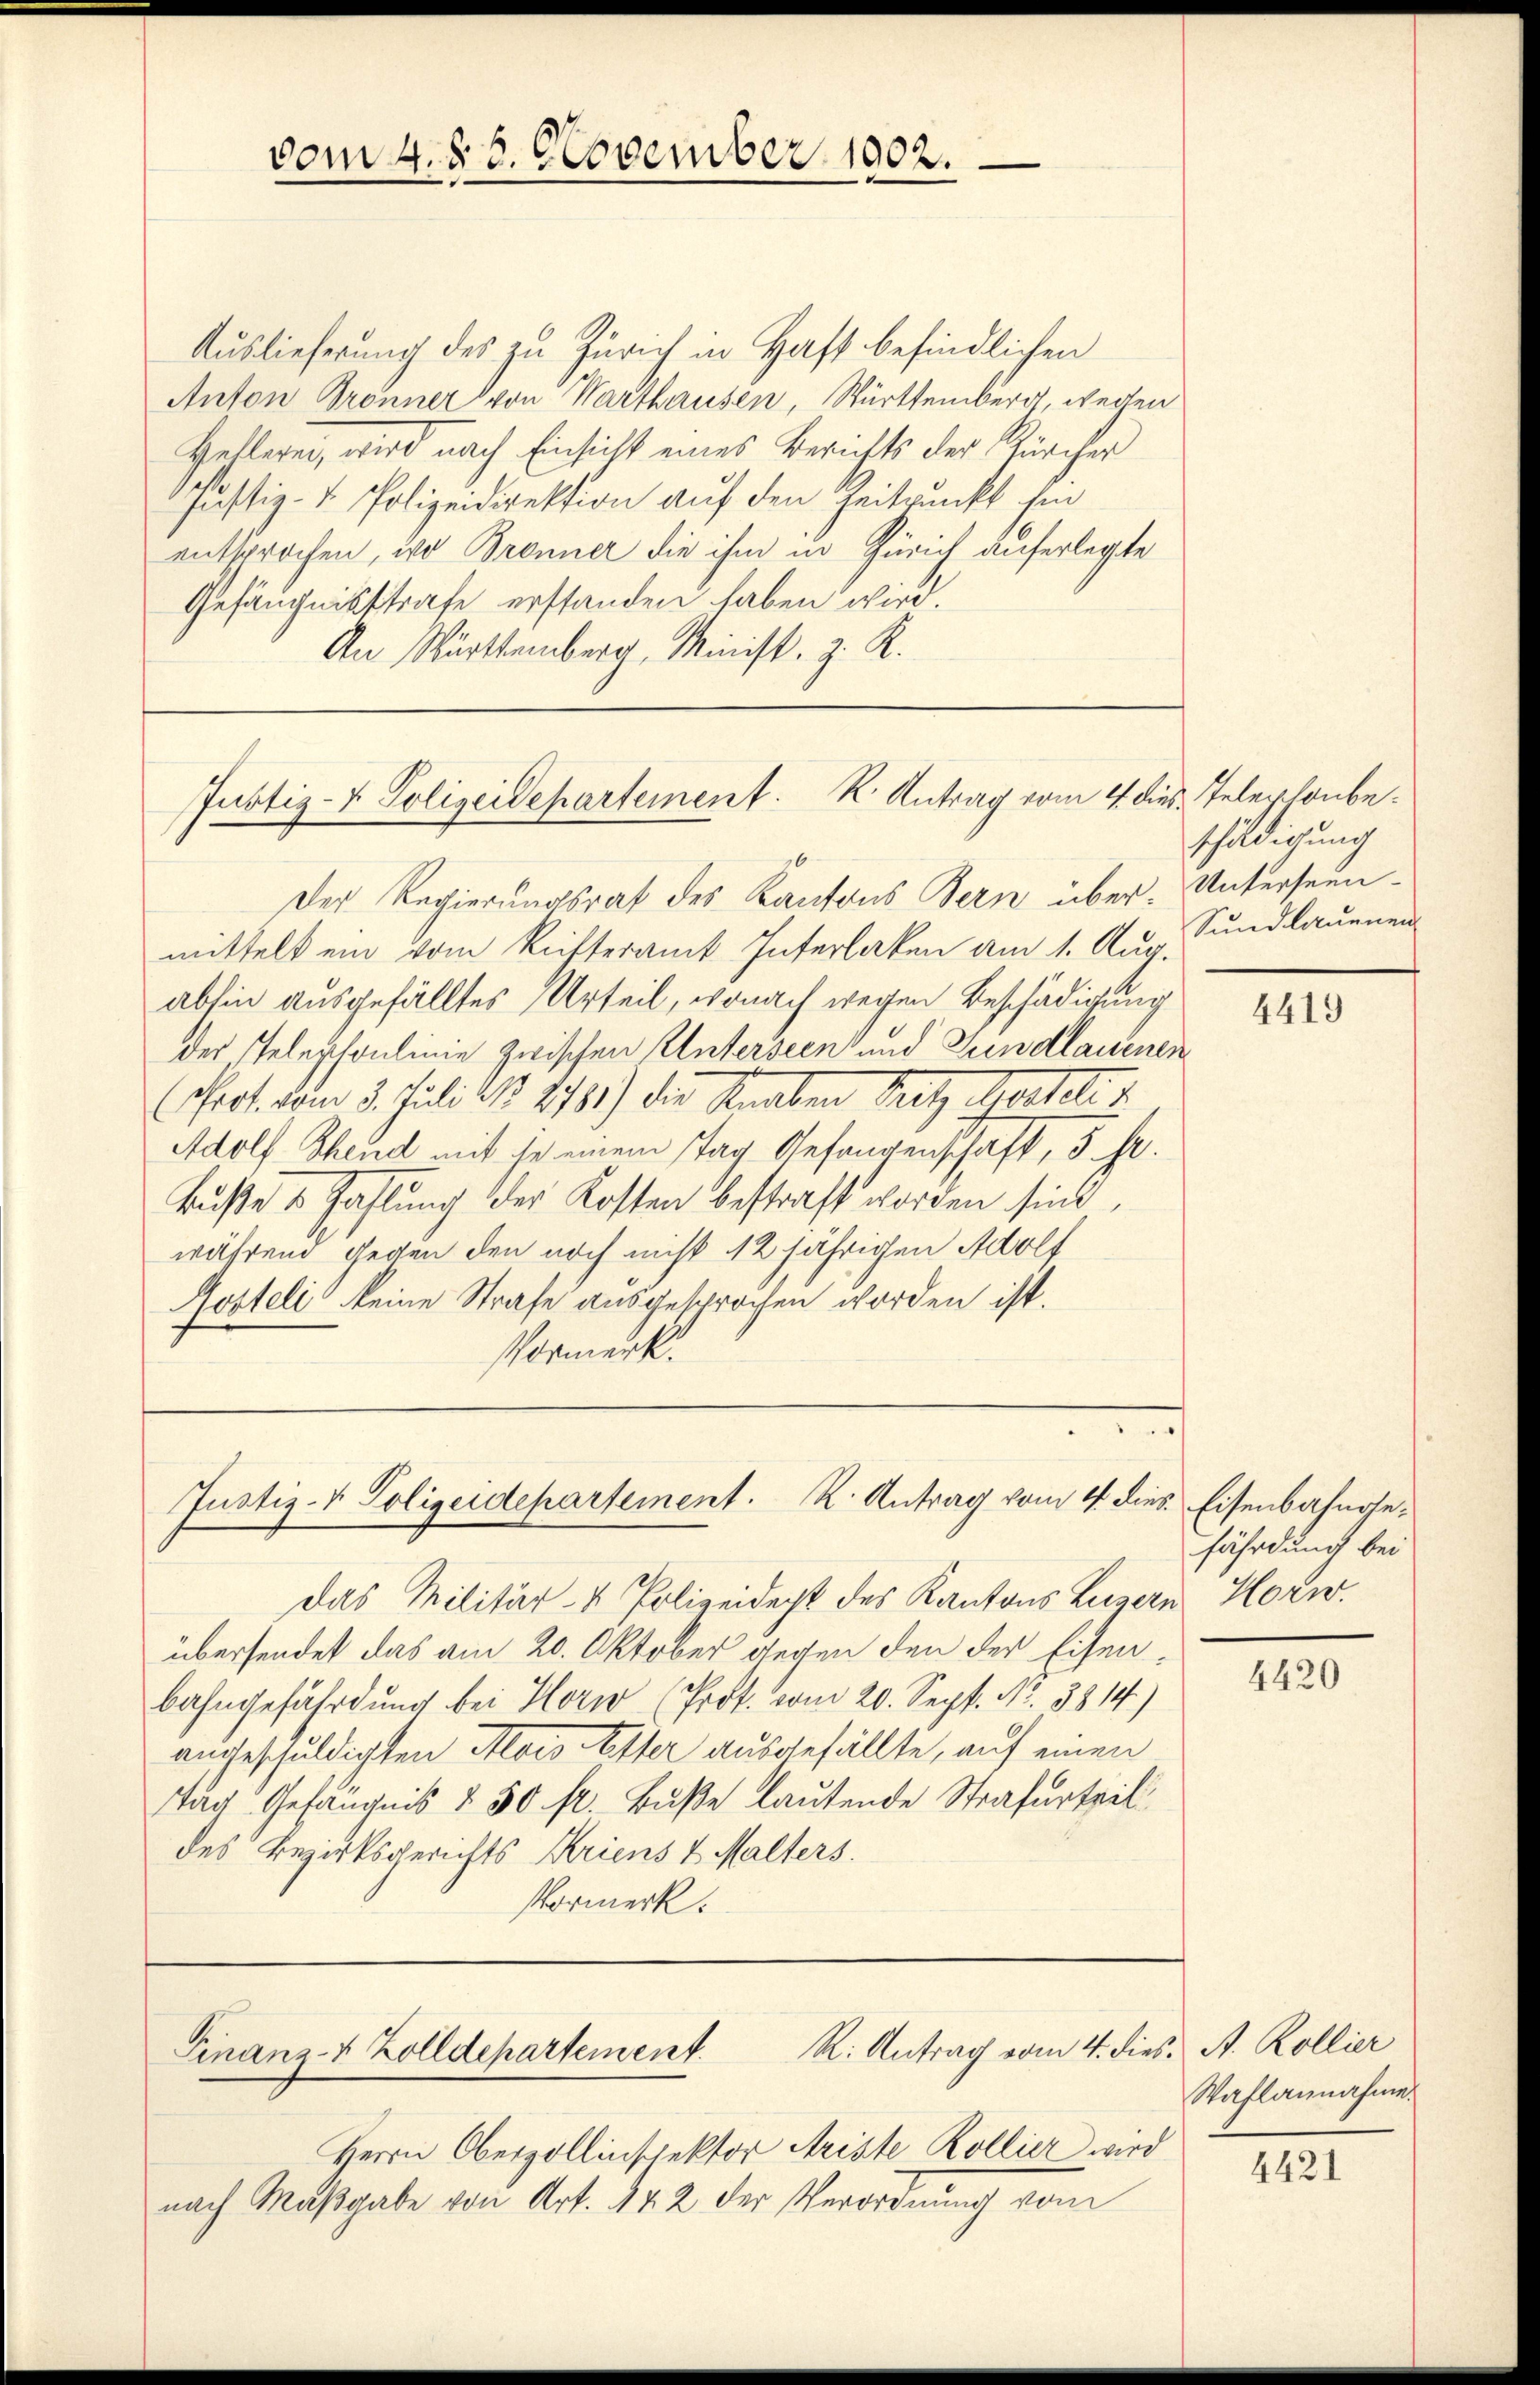
vom 4. 88. November 1902.

Auslieferung des zu Zürich in Haft befindlichen
Anton Trönner von Warthausen, Württemberg, wegen
Hellerei, wird nach Einsicht eines Berichts der Zürcher
Justiz- u. Polizeidirektion auf den Zeitpunkt sin
entsprochen, wo Brenner die ihm in Zürich auferlegte
Gefängnisstrafe erstanden haben wird.
An Württemberg, Minist, z. R.

Justiz- & Polizeidepartement. K. Antrag vom 4 dies Telephonbe¬
Der Regierungsrat des Kantons Bern über. Unterseun-

mittelt ein vom Resteramt Interlaken am 1. Aug.
abhin ausgefälltes Urteil, wonach wegen Beschädigung
der Telephonlinie zwischen Unterseen und Gundlauenen
(Pot. vom 2. Juli 1817 1) die Knaben Bett Martete d
Adolf Theud mit de einem Tag Gefangenschaft, 3. fr.
Buße & Zahlung der Kosten bestraft worden sind,
während gegen den noch nicht 12 jährigen Adolf
Rosteli keine Strafe ausgesprochen worden ist.
Vormerk.

Justiz- & Polizeidepartement. K. Antrag vom 4. dies Eisenbahnge¬

das Militär- & Polizeidecht des Kantons Luzern Horw.
übersendet das am 20. Oktober gegen den der Eisenbahngefährdung bei Horw, (Prof. vom 20. Sept. No. 3814.)
angeschuldigten Alois Elter ausgefällte, auf einen
Tag Gefängnis § 50 fr. Buße lautende Strafurteil
des Bezirksgerichts Kriens 2 Malters.
Vormerk.

Finanz- & Zolldepartement. R. Antrag vom 4. dies. A. Kollier

Herrn Obergollinspektor Ariste Kollier wird
nach Maßgabe von Art. 442 der Verordnung vom

schuldigung
Sundlauenen

4419

fährdung bei

4420

Waflannahme.

4421